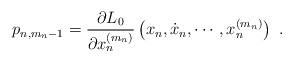
\begin{align*}p_{n,m_n-1}=\frac{\partial L_0}{\partial x_n^{(m_n)}}\left(x_n,\dot{x}_n,\cdots,x_n^{(m_n)}\right)\ .\end{align*}